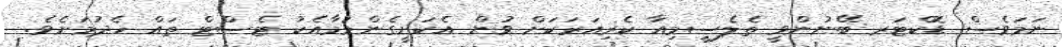
ނަމަވެސް ޑޮކްޓަރ ބޭނުންވީ ތެލެސީމިއާ ކެރިއަރަކަށް ވުން އެކަށީގެންވުމާއެކު ޓެސްޓް ތައް ހެދުމަށެވެ.